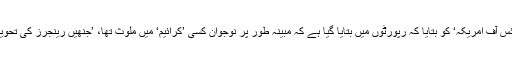
اُنھوں نے ’وائس آف امریکہ‘ کو بتایا کہ رپورٹوں میں بتایا گیا ہے کہ مبینہ طور پر نوجوان کسی ’کرائیم‘ میں ملوث تھا، ’جنھیں رینجرز کی تحویل میں دیا گیا۔